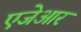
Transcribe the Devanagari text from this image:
एजेआर